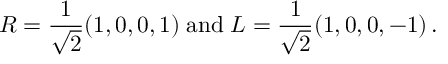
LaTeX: R = { \frac { 1 } { \sqrt 2 } } ( 1 , 0 , 0 , 1 ) \; \mathrm { a n d } \; L = { \frac { 1 } { \sqrt 2 } } ( 1 , 0 , 0 , - 1 ) \, .